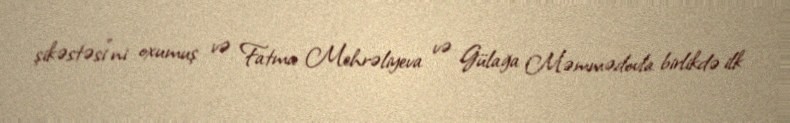
şikəstəsi"ni oxumuş və Fatma Mehrəliyeva və Gülağa Məmmədovla birlikdə ilk